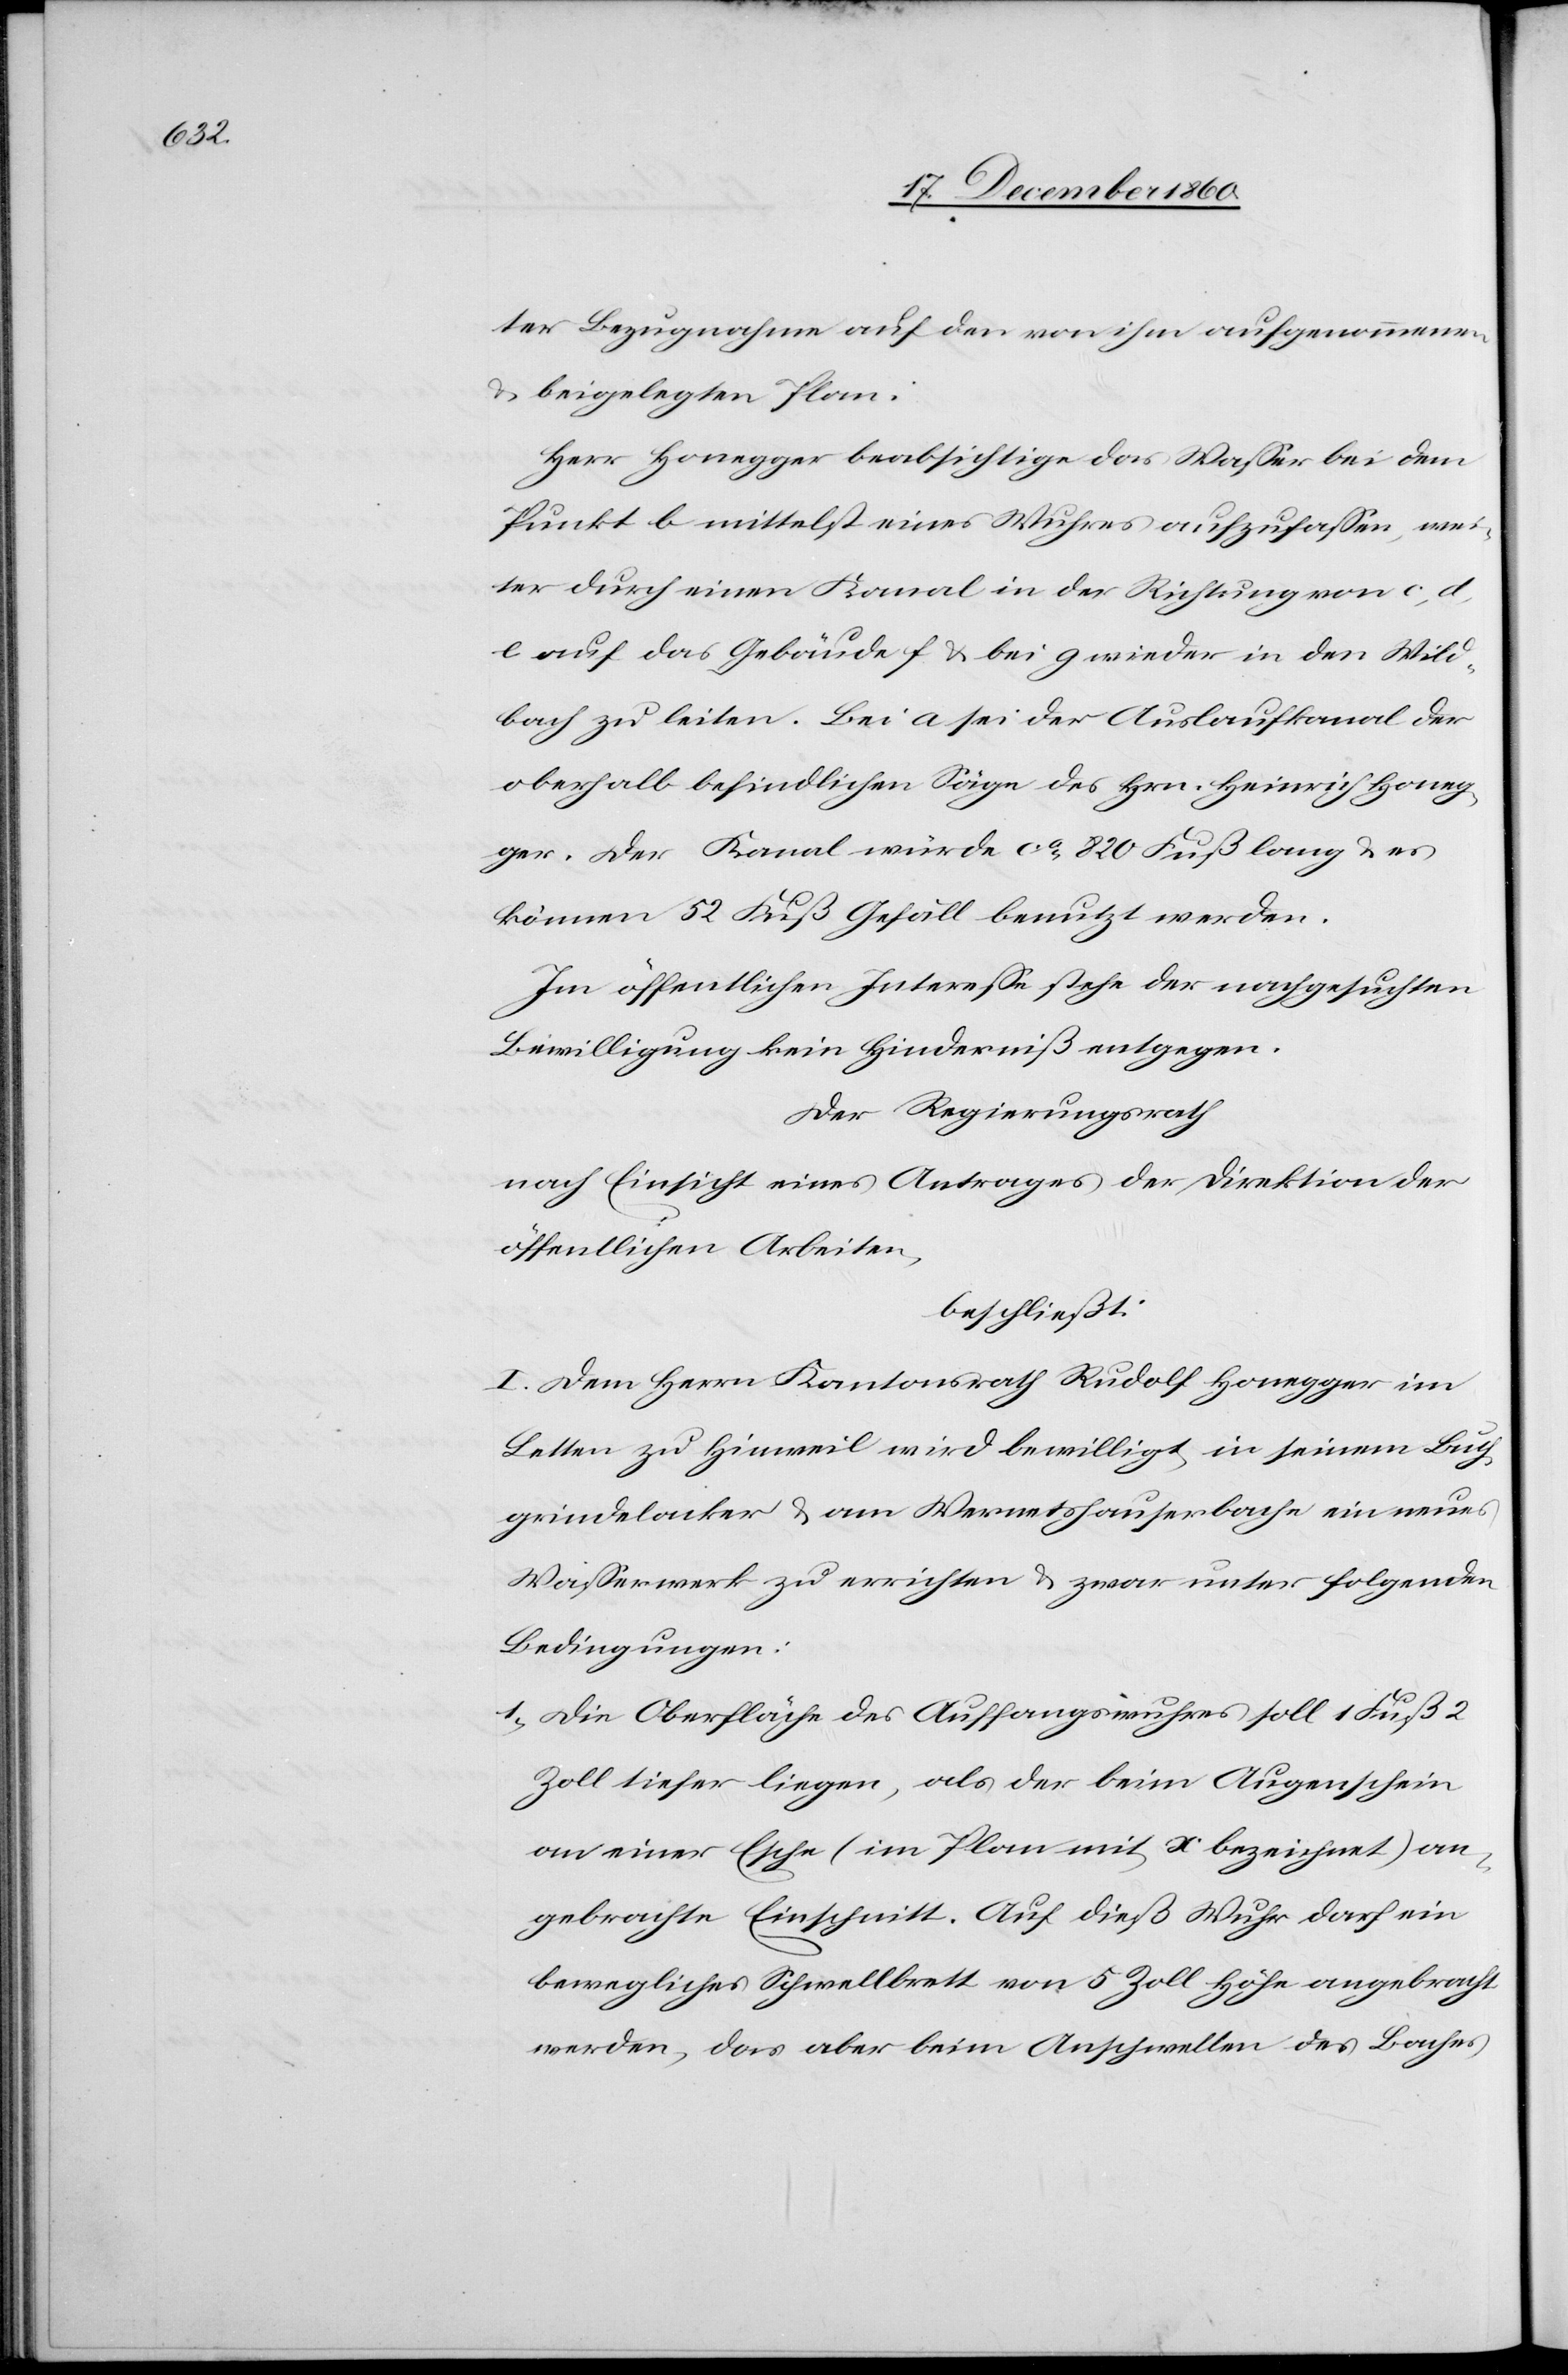
ter Bezugnahme auf den von ihm aufgenommenen
u. beigelegten Plan.
Herr Honegger beabsichtige das Wasser bei dem
Punkt b mittelst eines Wuhres aufzufassen, wei¬
ter durch einen Kanal in der Richtung von c, d,
e auf das Gebäude f u. bei g wieder in den Wild¬
bach zu leiten. Bei a sei der Auslaufkanal der
oberhalb befindlichen Säge des Hrn. Heinrich Honeg¬
ger. Der Kanal würde ca 820 Fuß lang u. es
können 52 Fuß Gefäll benutzt werden.
Im öffentlichen Interesse steht der nachgesuchten
Bewilligung kein Hinderniß entgegen.
Der Regierungsrath
nach Einsicht eines Antrages der Direktion der
öffentlichen Arbeiten,
beschließt:
I. Dem Herrn Kantonsrath Rudolf Honegger im
Letten zu Hinweil wird bewilligt, in seinem Buch¬
grindelacker u. am Wernetshauserbache ein neues
Wasserwerk zu errichten u. zwar unter folgenden
Bedingungen:
1. Die Oberfläche des Auffangswurhes soll 1 Fuß 2
Zoll tiefer liegen, als der beim Augenschein
an einer Esche (I, Plan mit x bezeichnet) an¬
gebrachte Einschnitt. Auf dieß Wuhr darf ein
bewegliches Schwellbrett von 5 Zoll Höhe angebracht
werden, das aber beim Anschwellen des Baches